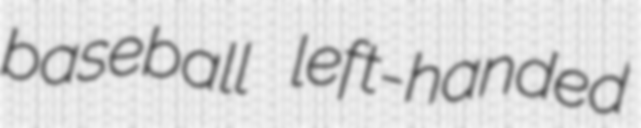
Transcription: baseball left-handed